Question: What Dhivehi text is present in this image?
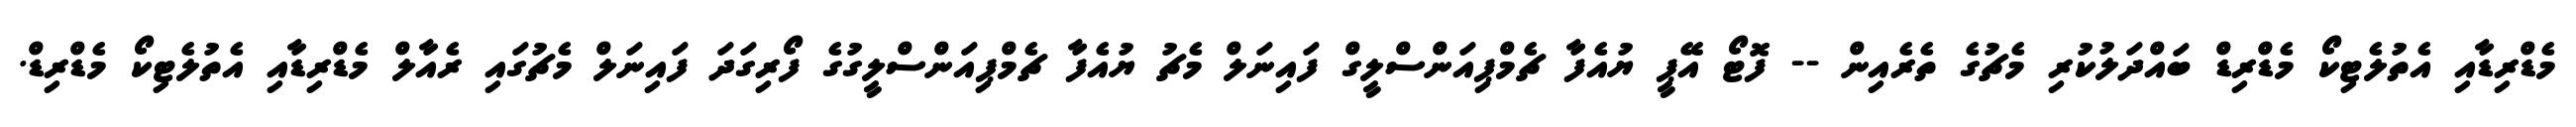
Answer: މެޑްރިޑާއި އެތުލެޓިކޯ މެޑްރިޑް ބައްދަލުކުރި މެޗުގެ ތެރެއިން -- ފޮޓޯ އޭޕީ ޔުއެފާ ޗެމްޕިއަންސްލީގް ފައިނަލް މެޗު ޔުއެފާ ޗެމްޕިއަންސްލީގުގެ ފޯރިގަދަ ފައިނަލް މެޗުގައި ރެއާލް މެޑްރިޑާއި އެތުލެޓިކޯ މެޑްރިޑް.